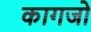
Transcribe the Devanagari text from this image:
कागजो